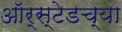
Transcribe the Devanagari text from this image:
ऑर्स्टेडच्या